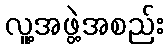
လူ့အဖွဲ့အစည်း